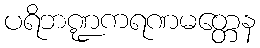
ပရိဘဏ္ဍကရဏမတ္တေန